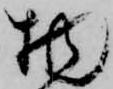
物